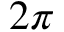
2 \pi